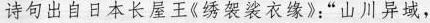
诗句出自日本长屋王《绣袈裟衣缘》：”山川异域，